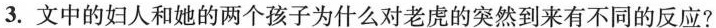
3.文中的妇人和她的两个孩子为什么对老虎的突然到来有不同的反应?